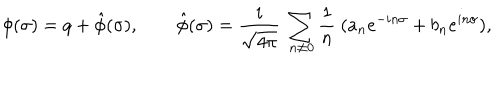
\phi ( \sigma ) = q + \hat { \phi } ( \sigma ) , \qquad \hat { \phi } ( \sigma ) = { \frac i { \sqrt { 4 \pi } } } ~ \sum _ { n \ne 0 } { \frac 1 n } ~ ( a _ { n } e ^ { - i n \sigma } + b _ { n } e ^ { i n \sigma } ) ,